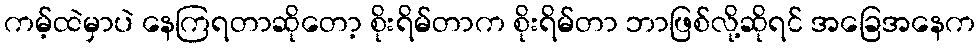
ကမ့်ထဲမှာပဲ နေကြရတာဆိုတော့ စိုးရိမ်တာက စိုးရိမ်တာ ဘာဖြစ်လို့ဆိုရင် အခြေအနေက